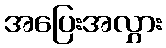
အပြေးအလွှား